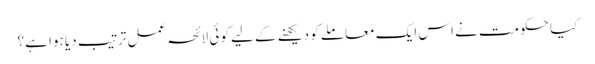
کیا حکومت نے اس ایک معاملے کو دیکھنے کے لیے کوئی لائحہ عمل ترتیب دیا ہوا ہے؟